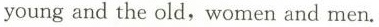
young and the old,women and men.